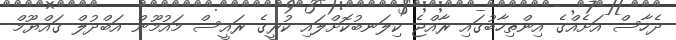
ދެހާސް އަށެއްގެ އިންތިހާބުގައި ރާއްޖެ ކިލަނބުކޮށްލައި ކުރީގެ ރައީސް މައުމޫން އަބްދުލް ގައްޔޫމް